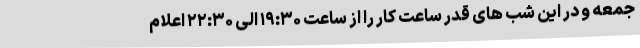
جمعه و در این شب های قدر ساعت کار را از ساعت ۱۹:۳۰ الی ۲۲:۳۰ اعلام